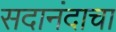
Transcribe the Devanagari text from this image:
सदानंदाचा